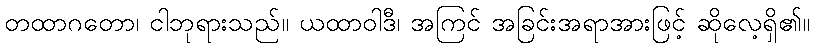
တထာဂတော၊ ငါဘုရားသည်။ ယထာဝါဒီ၊ အကြင် အခြင်းအရာအားဖြင့် ဆိုလေ့ရှိ၏။